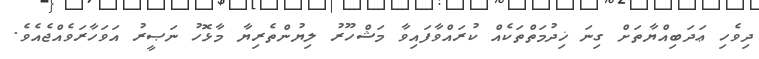
ދިވެހި ޢަދަބިއްޔާތަށް ގިނަ ޚިދުމަތްތަކެއް ކުރައްވާފައިވާ މަޝްހޫރު ލިޔުންތެރިޔާ މާޅޮހު ނަޞީރު އަވަހާރަވެއްޖެއެވެ.